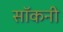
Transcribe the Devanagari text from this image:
सॉकनी